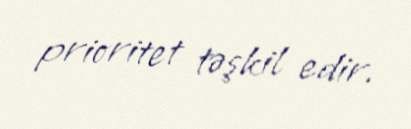
prioritet təşkil edir.